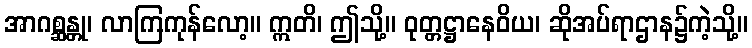
အာဂစ္ဆန္တု၊ လာကြကုန်လော့။ ဣတိ၊ ဤသို့။ ဝုတ္တဋ္ဌာနေဝိယ၊ ဆိုအပ်ရာဌာန၌ကဲ့သို့။